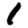
Digit: 1